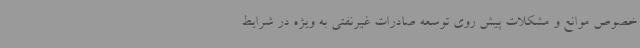
خصوص موانع و مشکلات پیش روی توسعه صادرات غیرنفتی به ویژه در شرایط